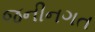
જનીનગત